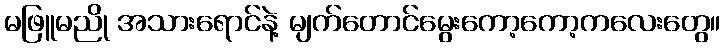
မဖြူမညို အသားရောင်နဲ့ မျက်တောင်မွေးကော့ကော့ကလေးတွေ။